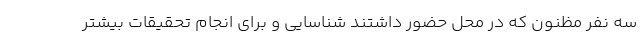
سه نفر مظنون که در محل حضور داشتند شناسایی و برای انجام‌ تحقیقات بیشتر